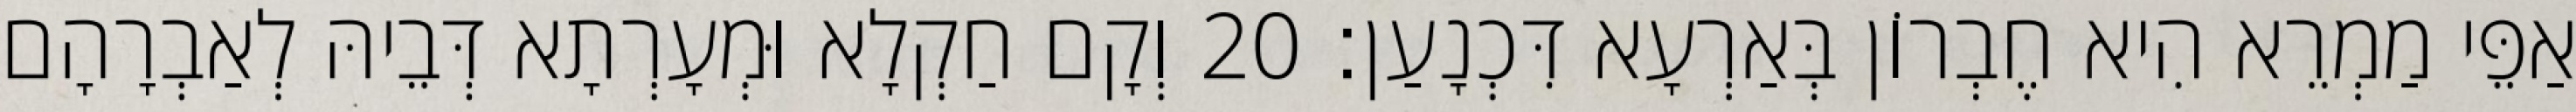
אַפֵּי מַמְרֵא הִיא חֶבְרוֹן בְּאַרְעָא דִּכְנָעַן׃ 20 וְקָם חַקְלָא וּמְעָרְתָא דְּבֵיהּ לְאַבְרָהָם